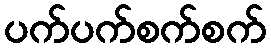
ပက်ပက်စက်စက်